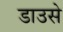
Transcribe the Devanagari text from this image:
डाउसे